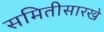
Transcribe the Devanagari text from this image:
समितीसारखे